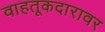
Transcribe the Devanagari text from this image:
वाहतूकदारावर